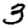
Digit: 3